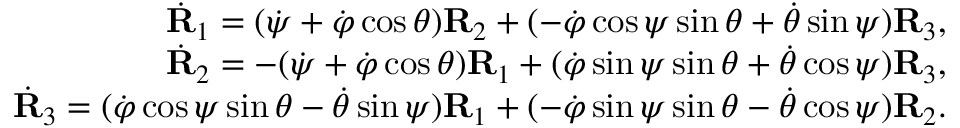
\begin{array} { r } { \dot { \bf R } _ { 1 } = ( \dot { \psi } + \dot { \varphi } \cos \theta ) { \bf R } _ { 2 } + ( - \dot { \varphi } \cos \psi \sin \theta + \dot { \theta } \sin \psi ) { \bf R } _ { 3 } , } \\ { \dot { \bf R } _ { 2 } = - ( \dot { \psi } + \dot { \varphi } \cos \theta ) { \bf R } _ { 1 } + ( \dot { \varphi } \sin \psi \sin \theta + \dot { \theta } \cos \psi ) { \bf R } _ { 3 } , } \\ { \dot { \bf R } _ { 3 } = ( \dot { \varphi } \cos \psi \sin \theta - \dot { \theta } \sin \psi ) { \bf R } _ { 1 } + ( - \dot { \varphi } \sin \psi \sin \theta - \dot { \theta } \cos \psi ) { \bf R } _ { 2 } . } \end{array}